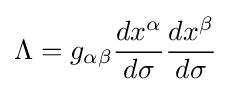
\Lambda =g_{\alpha \beta }{\frac {dx^{\alpha }}{d\sigma }}{\frac {dx^{\beta }}{d\sigma }}